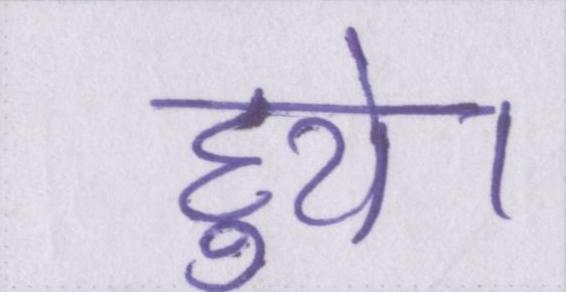
हुये।